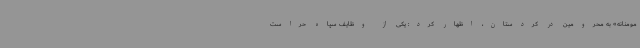
مومنانه» به محرومین در کردستان، اظهار کرد: یکی از وظایف سپاه حراست